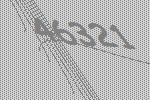
46321